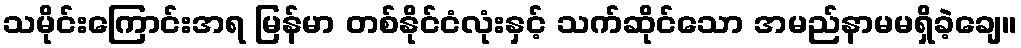
သမိုင်းကြောင်းအရ မြန်မာ တစ်နိုင်ငံလုံးနှင့် သက်ဆိုင်သော အမည်နာမမရှိခဲ့ချေ။